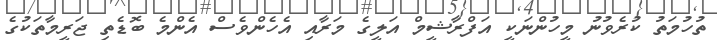
ތުހުމަތު ކުރެވުނު މީހުންނަކީ އަފްރާޝީމް އަލީގެ މަރާއި އެހެންވެސް އެންމެ ބޮޑެތި ޖަރީމާތަކުގެ